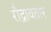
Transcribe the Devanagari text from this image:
रौद्रावतार